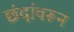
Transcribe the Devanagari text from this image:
छंदांवरून